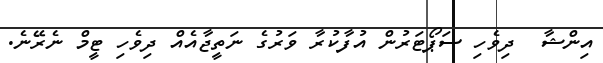
އިންޝާ  ދިވެހި ސަޕޯޓަރުން އުފާކުރާ ވަރުގެ ނަތީޖާއެއް ދިވެހި ޓީމް ނެރޭނެ.